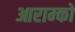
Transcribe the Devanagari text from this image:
आराम्को